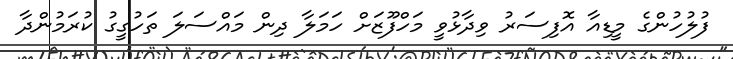
ފުލުހުންގެ މީޑިއާ އޮފިސަރު ވިދާޅުވީ މަހްފޫޒަށް ހަމަލާ ދިން މައްސަލަ ތަހުގީގު ކުރަމުންދާ